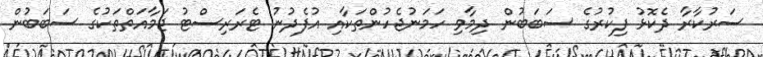
ސަރުކާރާ ދެކޮޅު ފިކުރުގެ ސަބަބުން ދިމާވި ހަމަނުޖެހުންތަކާއި އުފެދުނު ޓެރަރިސްޓު ޖަމާއަތްތަކުގެ ސަބަބުން